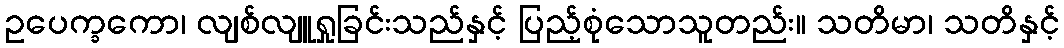
ဥပေက္ခကော၊ လျစ်လျူရှုခြင်းသည်နှင့် ပြည့်စုံသောသူတည်း။ သတိမာ၊ သတိနှင့်